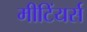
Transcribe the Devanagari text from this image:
मीटिंयर्स